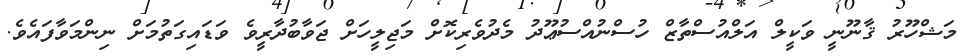
މަޝްހޫރު ޤާނޫނީ ވަކީލް އަލްއުސްތާޒް ހުސްނުއްސުޢޫދު މެދުވެރިކޮށް މަޖިލީހަށް ޖަވާބުދާރީވެ ވަޑައިގަތުމަށް ނިންމަވާފައެވެ.